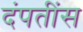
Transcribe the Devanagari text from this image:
दंपतींस